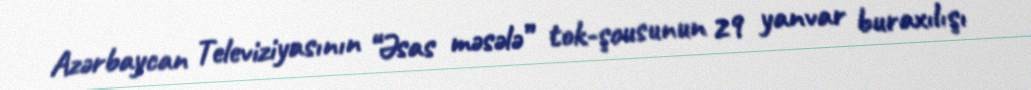
Azərbaycan Televiziyasının “Əsas məsələ” tok-şousunun 29 yanvar buraxılışı